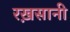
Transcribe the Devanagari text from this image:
रख़सानी